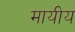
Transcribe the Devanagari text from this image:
मायीय